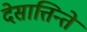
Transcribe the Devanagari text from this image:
देसात्तिन्ते